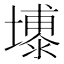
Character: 𪤦